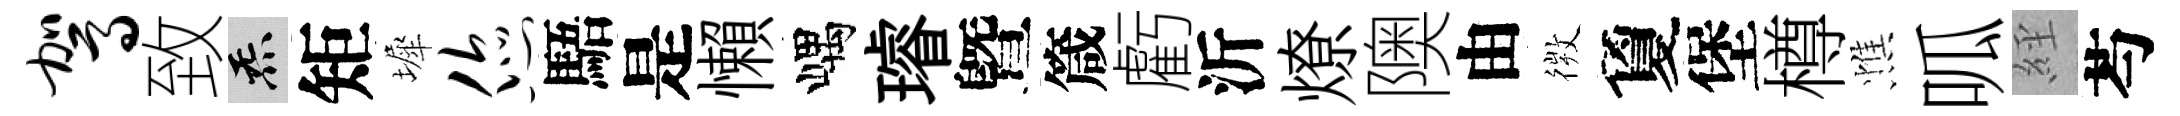
驾致炁矩墀您䮏是懶嵎璿曁箴虧沂燎隩由𢕄夐堡樽憔呱𦀇芍